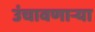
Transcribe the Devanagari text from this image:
उंचावणार्‍या